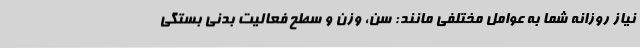
نیاز روزانه شما به عوامل مختلفی مانند: سن، وزن و سطح فعالیت بدنی بستگی